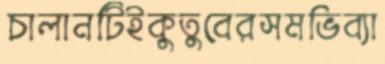
চালানটিইকুতুবেরসমভিব্যা